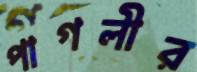
পাগলীর